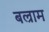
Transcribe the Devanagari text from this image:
बल्राम